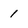
Character: 1